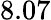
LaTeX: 8.07